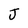
Character: J